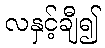
လနှင့်ချီ၍